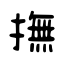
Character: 撫